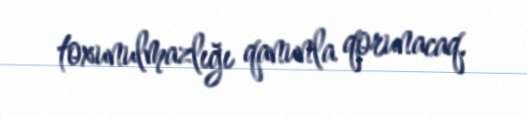
toxunulmazlığı qanunla qorunacaq.